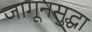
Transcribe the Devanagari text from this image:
जागूनसुद्धा